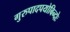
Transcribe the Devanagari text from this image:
गुरुपादपयोबिन्दोः